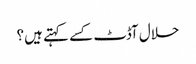
حلال آڈٹ کسے کہتے ہیں؟